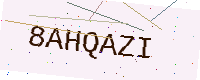
Text: 8AHQAZI